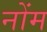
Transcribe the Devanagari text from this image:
नोंम